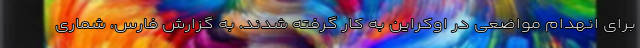
برای انهدام مواضعی در اوکراین به کار گرفته شدند. به گزارش فارس، شماری